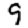
Digit: 9